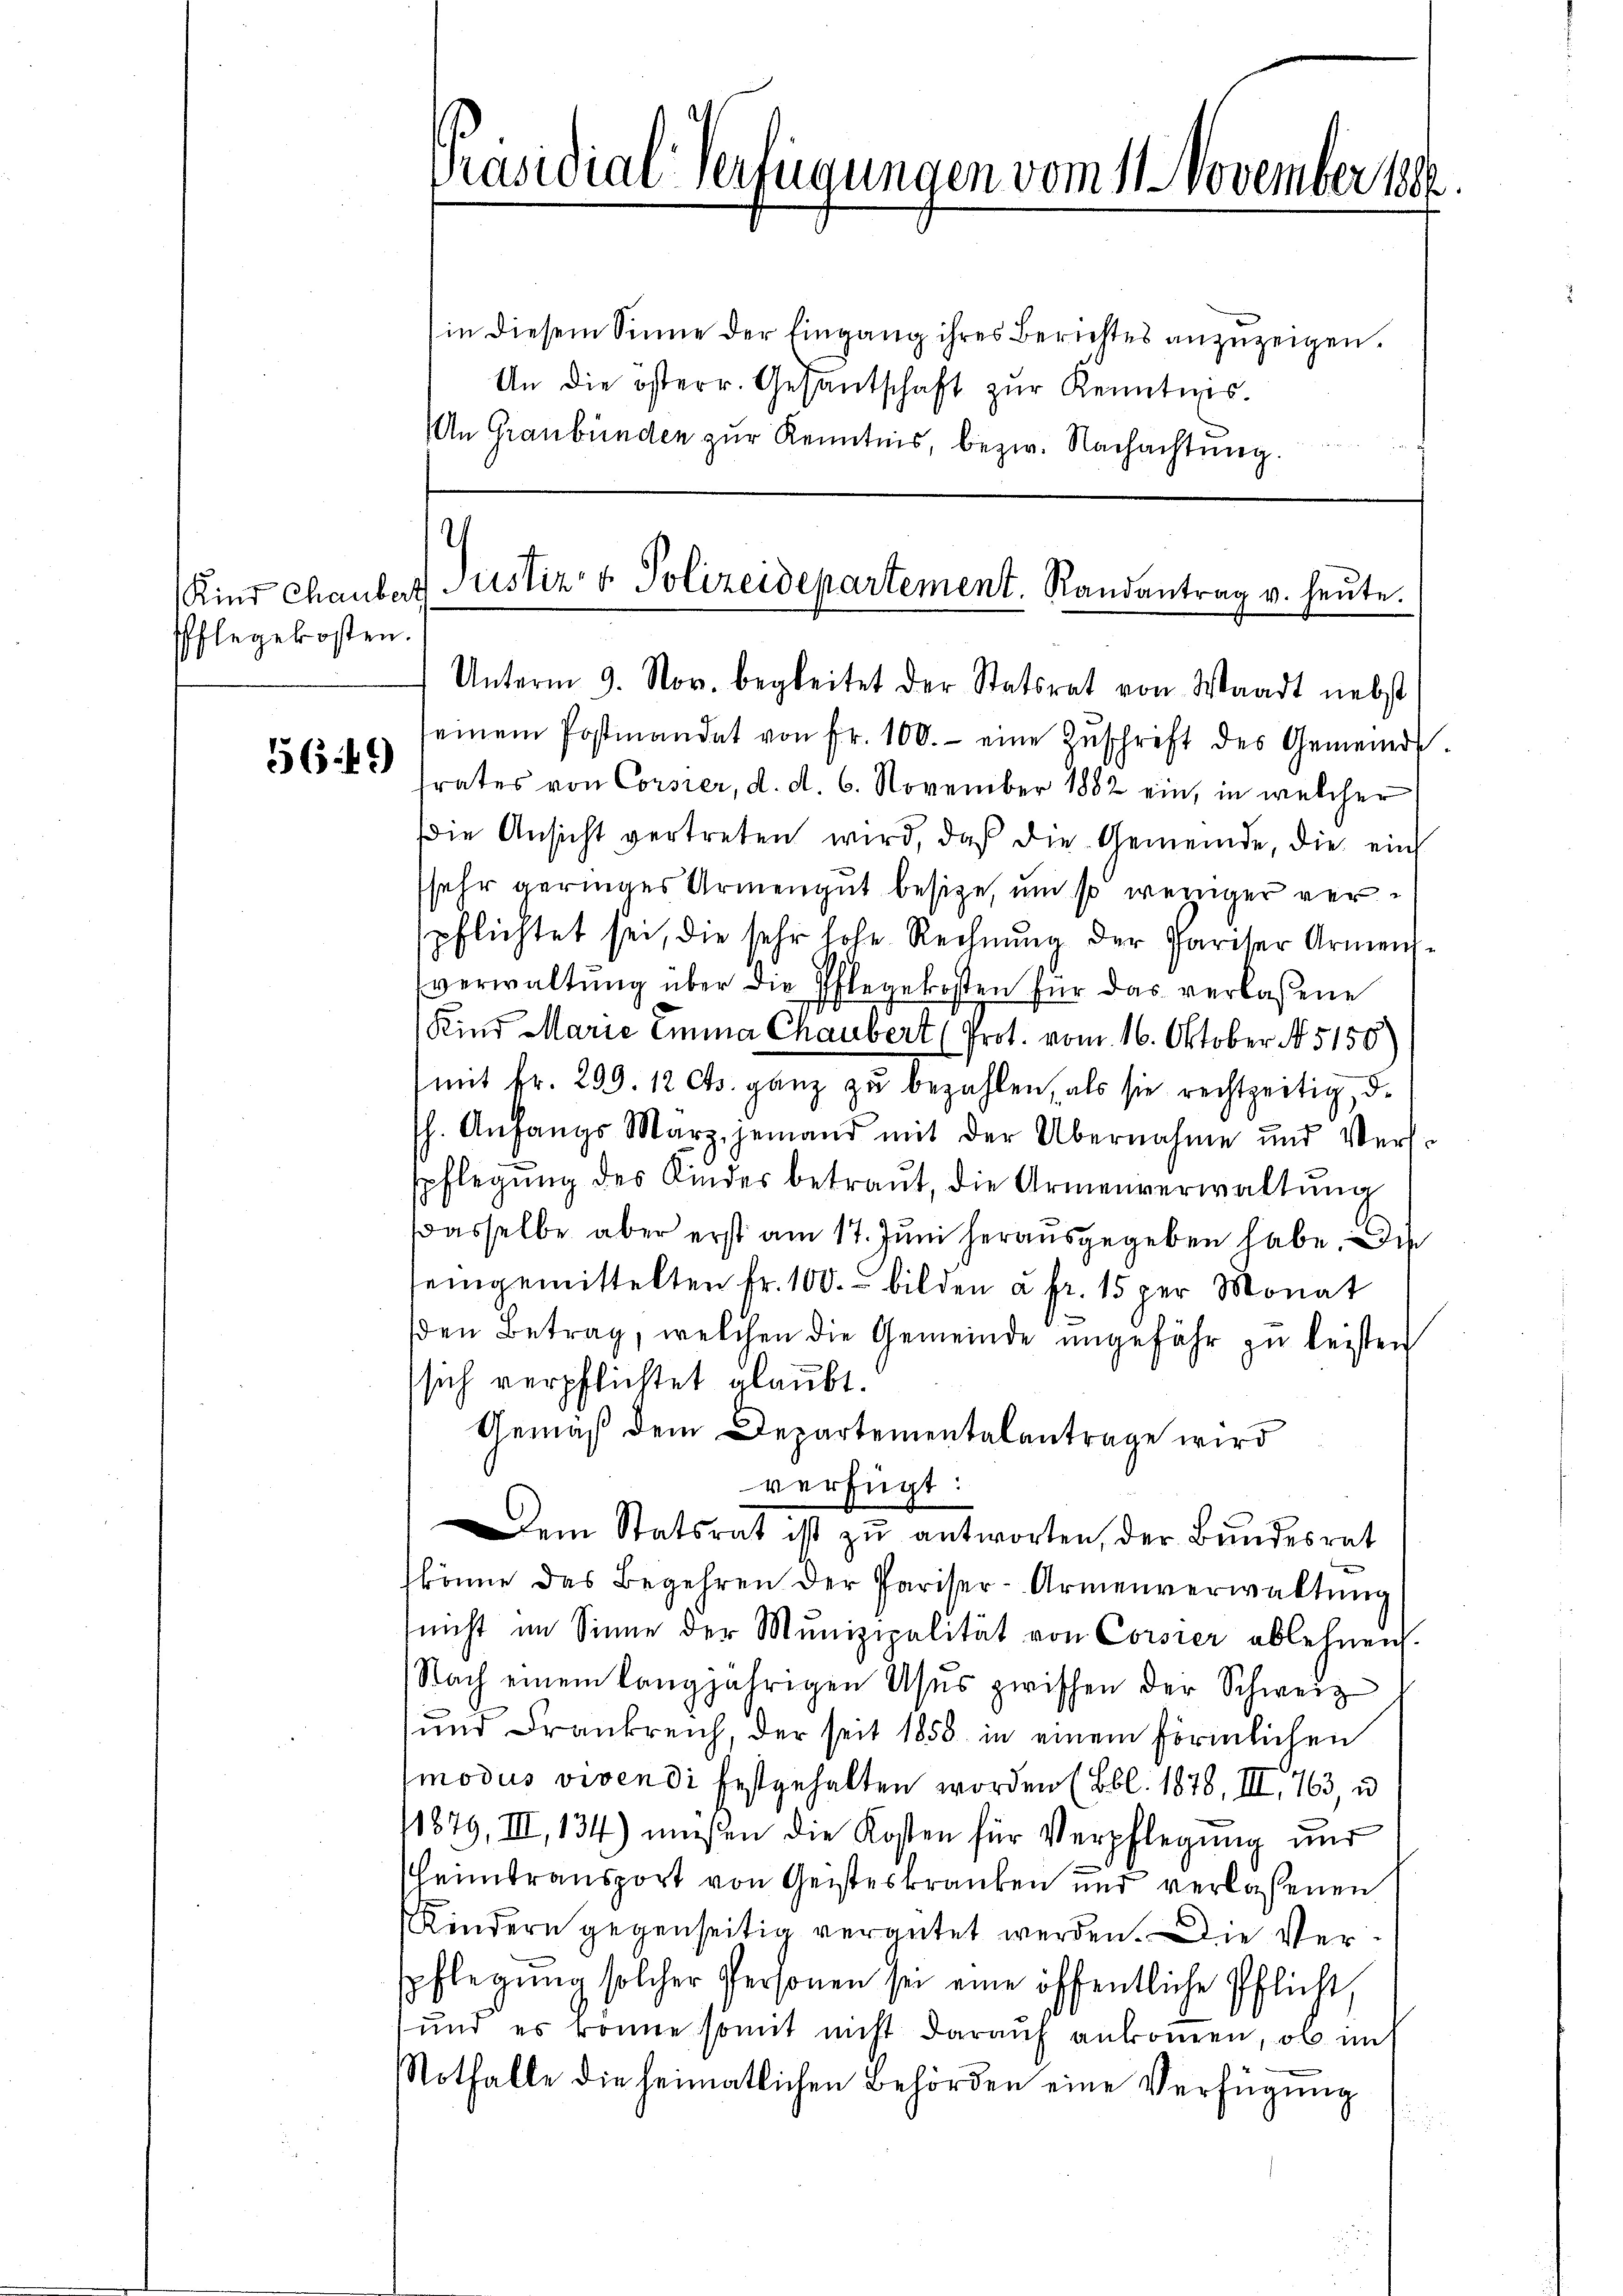
Pflegekosten.

56.49)

Präsidial-Verfügungen vom 11. November 1890

(in diesem Sinne der Eingang ihres Berichtes anzuzeigen.
An die österr. Gesantschaft zŭr Kenntnis.
An Graubünden zur Kenntnis, bezw. Nachachtung.

Kind Chauber Justiz- & Polizeidepartement. Randantrag u. heŭte.

Unterm 9. Nov. begleitet der Statsrat von Waadt nebst
seinem Postmandat von fr. 100.- eine Zŭschrift des Gemeinds-
rates von Corsier, d. d. 6. November 1882 ein, in welcher
Die Ansicht vertreten wird, daß die Gemeinde, die ein
sehr geringes Armengut besitze, um so weniger verpflichtet sei, die sehr hohe Rechnŭng der Pariser Armensverwaltŭng über die Pflegekosten für das verlassene
Kind Marie Emma Chaubert (Prot. vom 16. Oktober N. 5150
mit Fr. 299. 12 Cts. ganz zu bezahlen, als sie rechtzeitig, d.
h. Anfangs Marz, jemand mit der Übernahme und Verle
spflegŭng des Kindes betraut, die Armenverwaltŭng
Dasselbe aber erst am 17. Juni herausgegeben habe. Die
seingemittelten fr. 100. bilden u. fr. 15 per Monat
den Betrag, welchen die Gemeinde angefähr zu leisten
sich verpflichtet glaubt.
Gemäß dem Departementalantrage wird
verfügt:
em Statsrat ist zŭ antworten, der Bundesrat
könne das Begehren der Pariser-Armenverwaltŭng
nicht im Sinne der Munizipalität von Corsier ablehnen.
Nach einem langjährigen Usus zwischen der Schweiz
und Frankreich, der seit 1858 in einem förmlichen
modus vivendi festgehalten worden (Bbl. 1878, III 763, u
11879, III, 134) müßen die Kosten für Verpflegung und
heimtransport von Geisteskranken und verlassenen
Kindern gegenseitig vergütet werden. Die Verpflegŭng solcher Personen sei eine öffentliche Pflicht,
und es könne somit nicht darauf ankommen, ob int
Nothalle die heimatlichen Behörden eine Verfügung